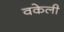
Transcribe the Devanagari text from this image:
वकेली